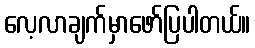
လေ့လာချက်မှာဖော်ပြပါတယ်။